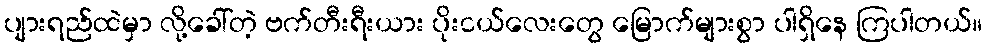
ပျားရည်ထဲမှာ လို့ခေါ်တဲ့ ဗက်တီးရီးယား ပိုးငယ်လေးတွေ မြောက်များစွာ ပါရှိနေ ကြပါတယ်။